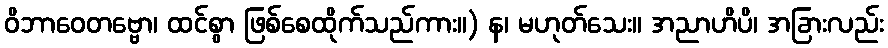
ဝိဘာဝေတဗ္ဗော၊ ထင်စွာ ဖြစ်စေထိုက်သည်ကား။) န၊ မဟုတ်သေး။ အညာဟိပိ၊ အခြားလည်း